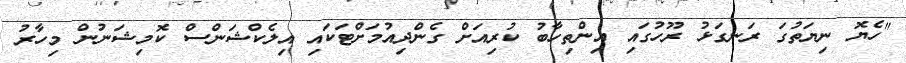
"ހެޔޮ ނިޔަތުގަ ރަނގަޅު ރޫހުގައި އިންތިހާބު ކުރިއަށް ގެންދިއުމަށްޓަކައި އިލެކްޝަންސް ކޮމިޝަނުން މިހާރު